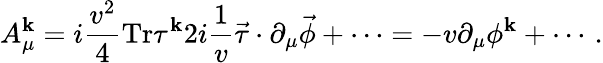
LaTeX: A_{\mu}^{\mathbf{k}}=i{\frac{{v^{2}}}{{4}}}\mathrm{{Tr}}\tau^{\mathbf{k}}2i{\frac{{1}}{{v}}}\vec{{\tau}}\cdot\partial_{\mu}\vec{{\phi}}+\cdots=-v\partial_{\mu}\phi^{\mathbf{k}}+\cdots\, .